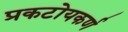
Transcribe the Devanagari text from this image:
प्रकटोयकर्ण